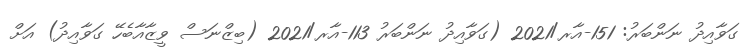
ގަވާއިދު ނަންބަރު: 151-އާރ/2021 (ގަވާއިދު ނަންބަރު 113-އާރ/2021 (ބިޒްނަސް ވީޒާއާބެހޭ ގަވާއިދު) އަށް